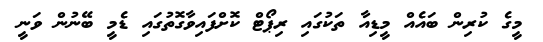
މީގެ ކުރިން ބައެއް މީޑިއާ ތަކުގައި ރިޕޯޓް ކޮށްފައިވާގޮތުގައި ޑެމީ ބޭނުން ވަނީ